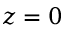
z = 0